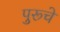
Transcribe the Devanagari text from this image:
पुरूचे